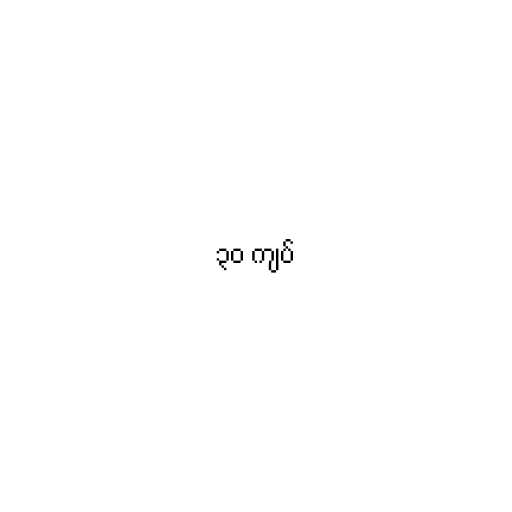
၃၀ ကျပ်